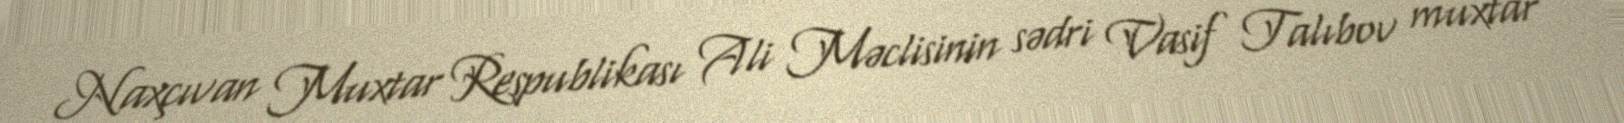
Naxçıvan Muxtar Respublikası Ali Məclisinin sədri Vasif Talıbov muxtar